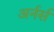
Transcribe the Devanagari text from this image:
अर्नर्स